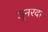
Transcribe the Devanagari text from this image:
जुनरदर